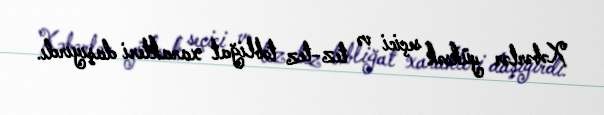
Xəbərlər yüksək seçici və tez-tez təbliğat xarakteri daşıyırdı.